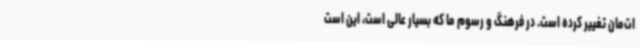
ات‌مان تغییر کرده است. در فرهنگ و رسوم ما که بسیار عالی است، این است